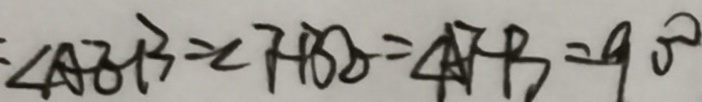
\angle A E B = \angle F B D = \angle A F B = 9 0 ^ { \circ }